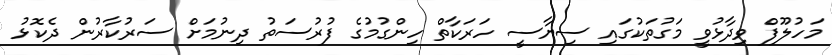
މަހުލޫފް ވިދާޅުވީ މަގުތަކުގައި ސިޔާސީ ހަރަކާތް ހިންގުމުގެ ފުރުސަތު ދިނުމަށް ސަރުކާރުން ދެކޮޅު